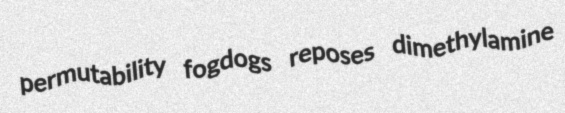
permutability fogdogs reposes dimethylamine